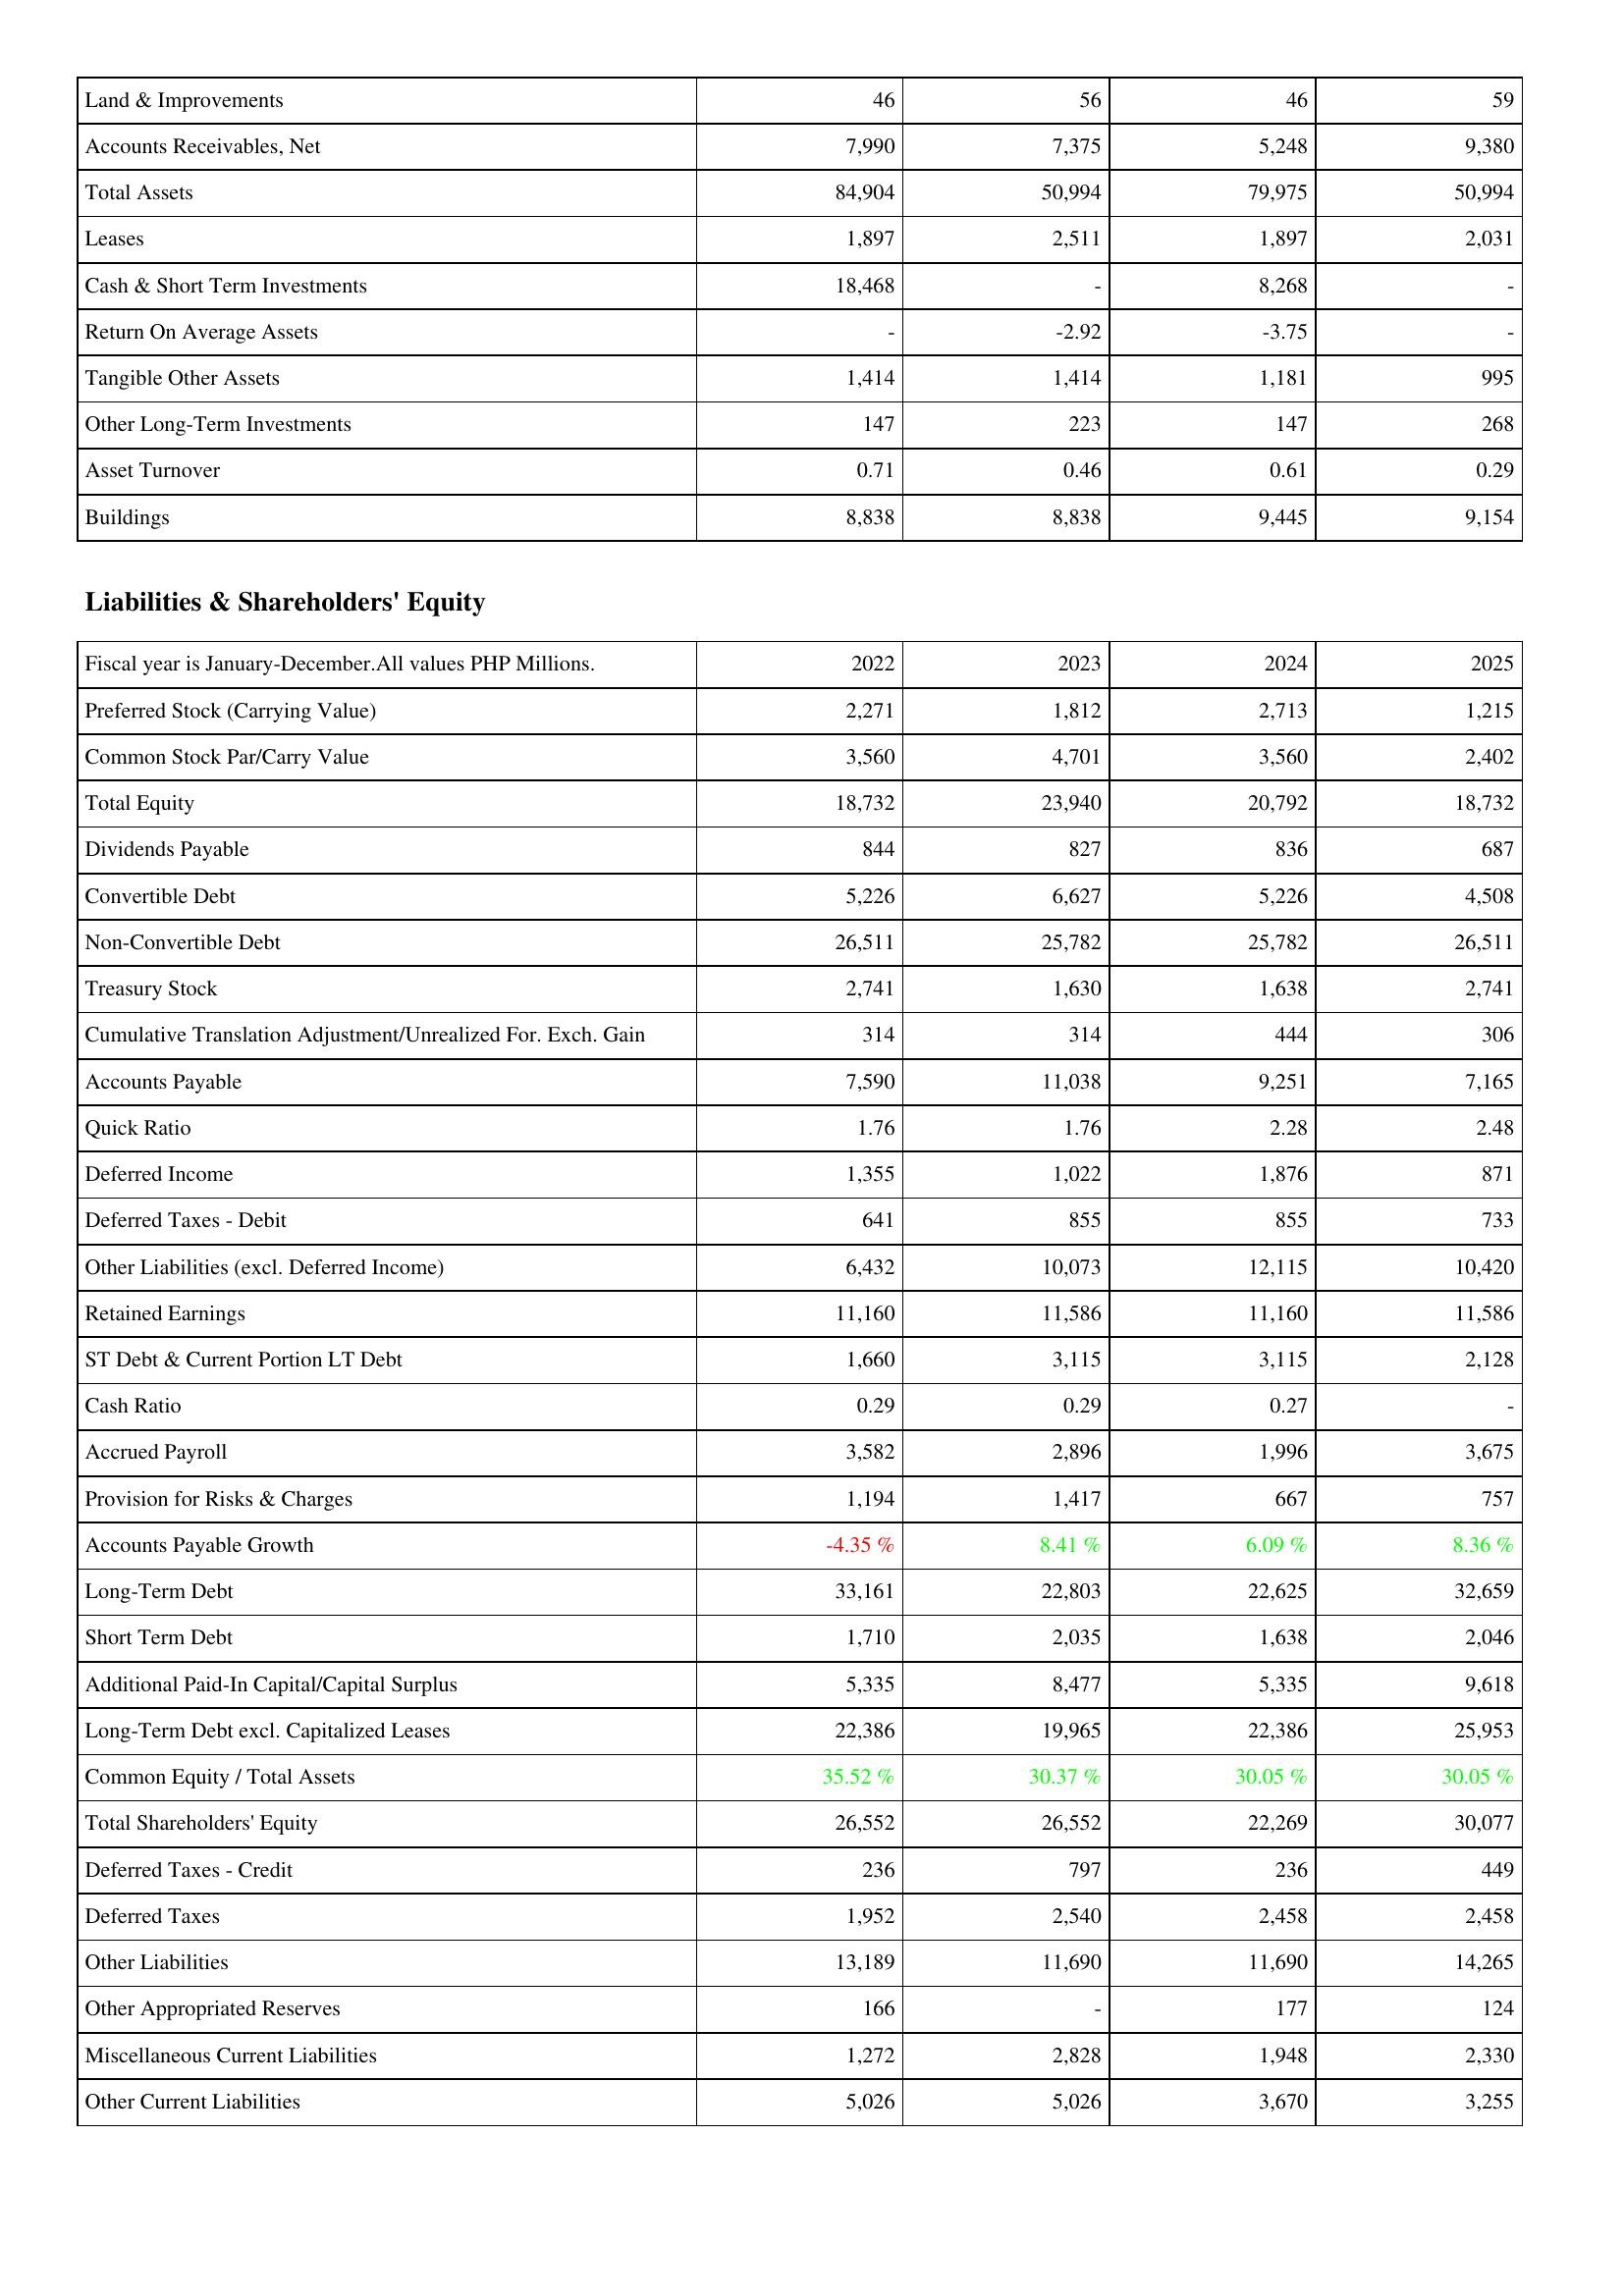
2022: Assets: Land & Improvements: 46
Accounts Receivables, Net: 7,990
Total Assets: 84,904
Leases: 1,897
Cash & Short Term Investments: 18,468
Return On Average Assets: -
Tangible Other Assets: 1,414
Other Long-Term Investments: 147
Asset Turnover: 0.71
Buildings: 8,838
Liabilities & Shareholders' Equity: Preferred Stock (Carrying Value): 2,271
Common Stock Par/Carry Value: 3,560
Total Equity: 18,732
Dividends Payable: 844
Convertible Debt: 5,226
Non-Convertible Debt: 26,511
Treasury Stock: 2,741
Cumulative Translation Adjustment/Unrealized For. Exch. Gain: 314
Accounts Payable: 7,590
Quick Ratio: 1.76
Deferred Income: 1,355
Deferred Taxes - Debit: 641
Other Liabilities (excl. Deferred Income): 6,432
Retained Earnings: 11,160
ST Debt & Current Portion LT Debt: 1,660
Cash Ratio: 0.29
Accrued Payroll: 3,582
Provision for Risks & Charges: 1,194
Accounts Payable Growth: -4.35 %
Long-Term Debt: 33,161
Short Term Debt: 1,710
Additional Paid-In Capital/Capital Surplus: 5,335
Long-Term Debt excl. Capitalized Leases: 22,386
Common Equity / Total Assets: 35.52 %
Total Shareholders' Equity: 26,552
Deferred Taxes - Credit: 236
Deferred Taxes: 1,952
Other Liabilities: 13,189
Other Appropriated Reserves: 166
Miscellaneous Current Liabilities: 1,272
Other Current Liabilities: 5,026
2023: Assets: Land & Improvements: 56
Accounts Receivables, Net: 7,375
Total Assets: 50,994
Leases: 2,511
Cash & Short Term Investments: -
Return On Average Assets: -2.92
Tangible Other Assets: 1,414
Other Long-Term Investments: 223
Asset Turnover: 0.46
Buildings: 8,838
Liabilities & Shareholders' Equity: Preferred Stock (Carrying Value): 1,812
Common Stock Par/Carry Value: 4,701
Total Equity: 23,940
Dividends Payable: 827
Convertible Debt: 6,627
Non-Convertible Debt: 25,782
Treasury Stock: 1,630
Cumulative Translation Adjustment/Unrealized For. Exch. Gain: 314
Accounts Payable: 11,038
Quick Ratio: 1.76
Deferred Income: 1,022
Deferred Taxes - Debit: 855
Other Liabilities (excl. Deferred Income): 10,073
Retained Earnings: 11,586
ST Debt & Current Portion LT Debt: 3,115
Cash Ratio: 0.29
Accrued Payroll: 2,896
Provision for Risks & Charges: 1,417
Accounts Payable Growth: 8.41 %
Long-Term Debt: 22,803
Short Term Debt: 2,035
Additional Paid-In Capital/Capital Surplus: 8,477
Long-Term Debt excl. Capitalized Leases: 19,965
Common Equity / Total Assets: 30.37 %
Total Shareholders' Equity: 26,552
Deferred Taxes - Credit: 797
Deferred Taxes: 2,540
Other Liabilities: 11,690
Other Appropriated Reserves: -
Miscellaneous Current Liabilities: 2,828
Other Current Liabilities: 5,026
2024: Assets: Land & Improvements: 46
Accounts Receivables, Net: 5,248
Total Assets: 79,975
Leases: 1,897
Cash & Short Term Investments: 8,268
Return On Average Assets: -3.75
Tangible Other Assets: 1,181
Other Long-Term Investments: 147
Asset Turnover: 0.61
Buildings: 9,445
Liabilities & Shareholders' Equity: Preferred Stock (Carrying Value): 2,713
Common Stock Par/Carry Value: 3,560
Total Equity: 20,792
Dividends Payable: 836
Convertible Debt: 5,226
Non-Convertible Debt: 25,782
Treasury Stock: 1,638
Cumulative Translation Adjustment/Unrealized For. Exch. Gain: 444
Accounts Payable: 9,251
Quick Ratio: 2.28
Deferred Income: 1,876
Deferred Taxes - Debit: 855
Other Liabilities (excl. Deferred Income): 12,115
Retained Earnings: 11,160
ST Debt & Current Portion LT Debt: 3,115
Cash Ratio: 0.27
Accrued Payroll: 1,996
Provision for Risks & Charges: 667
Accounts Payable Growth: 6.09 %
Long-Term Debt: 22,625
Short Term Debt: 1,638
Additional Paid-In Capital/Capital Surplus: 5,335
Long-Term Debt excl. Capitalized Leases: 22,386
Common Equity / Total Assets: 30.05 %
Total Shareholders' Equity: 22,269
Deferred Taxes - Credit: 236
Deferred Taxes: 2,458
Other Liabilities: 11,690
Other Appropriated Reserves: 177
Miscellaneous Current Liabilities: 1,948
Other Current Liabilities: 3,670
2025: Assets: Land & Improvements: 59
Accounts Receivables, Net: 9,380
Total Assets: 50,994
Leases: 2,031
Cash & Short Term Investments: -
Return On Average Assets: -
Tangible Other Assets: 995
Other Long-Term Investments: 268
Asset Turnover: 0.29
Buildings: 9,154
Liabilities & Shareholders' Equity: Preferred Stock (Carrying Value): 1,215
Common Stock Par/Carry Value: 2,402
Total Equity: 18,732
Dividends Payable: 687
Convertible Debt: 4,508
Non-Convertible Debt: 26,511
Treasury Stock: 2,741
Cumulative Translation Adjustment/Unrealized For. Exch. Gain: 306
Accounts Payable: 7,165
Quick Ratio: 2.48
Deferred Income: 871
Deferred Taxes - Debit: 733
Other Liabilities (excl. Deferred Income): 10,420
Retained Earnings: 11,586
ST Debt & Current Portion LT Debt: 2,128
Cash Ratio: -
Accrued Payroll: 3,675
Provision for Risks & Charges: 757
Accounts Payable Growth: 8.36 %
Long-Term Debt: 32,659
Short Term Debt: 2,046
Additional Paid-In Capital/Capital Surplus: 9,618
Long-Term Debt excl. Capitalized Leases: 25,953
Common Equity / Total Assets: 30.05 %
Total Shareholders' Equity: 30,077
Deferred Taxes - Credit: 449
Deferred Taxes: 2,458
Other Liabilities: 14,265
Other Appropriated Reserves: 124
Miscellaneous Current Liabilities: 2,330
Other Current Liabilities: 3,255